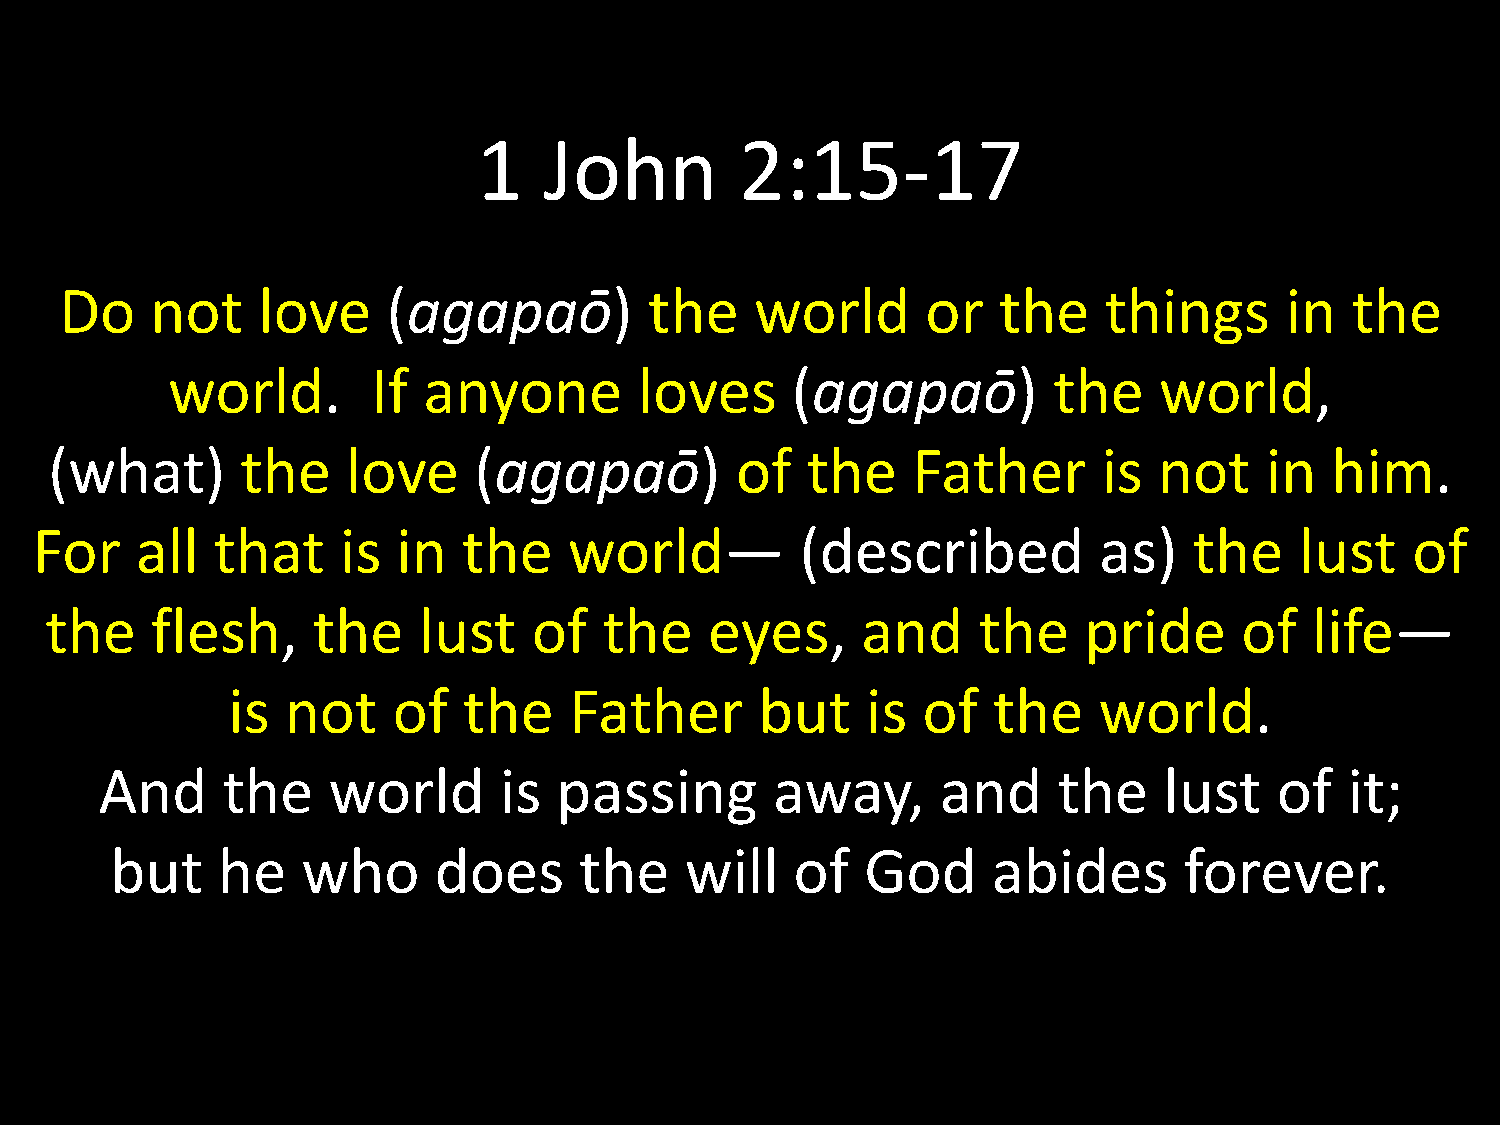
1   John         2:15-17
 Do    not    love     (agapaō)         the    world      or   the    things      in  the
 world.        If anyone        loves     (agapaō)          the    world,
 (what)       the    love    (agapaō)          of  the    Father       is  not    in  him.
 For    all  that     is in   the    world—         (described          as)   the    lust    of
 the    flesh,     the    lust   of   the    eyes,     and     the    pride     of   life—
 is  not    of   the    Father      but    is  of   the    world.
 And     the    world      is  passing       away,      and     the    lust    of  it;
 but    he    who      does     the    will    of  God      abides      forever.